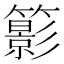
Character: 𥶩